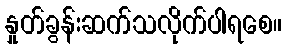
နှုတ်ခွန်းဆက်သလိုက်ပါရစေ။